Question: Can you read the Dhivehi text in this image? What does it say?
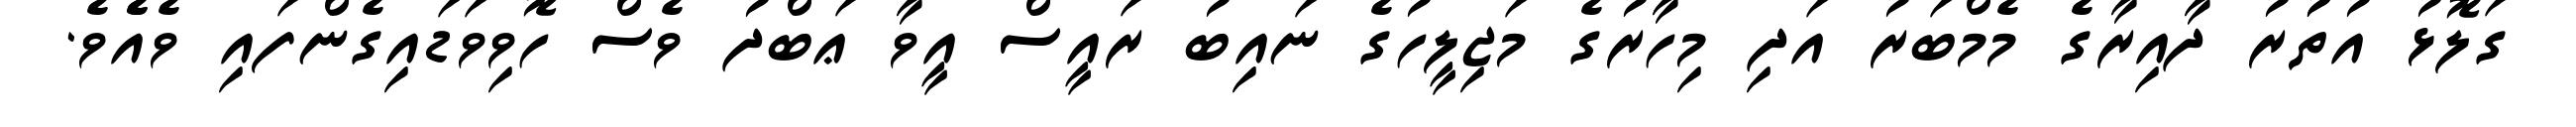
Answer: ގަލޮޅު އުތުުރު ދާއިރާގެ މެމްބަރު އަދި މިހާރުގެ މަޖިލީހުގެ ނައިބު ރައީސް އީވާ ޢަބްދު ވެސް ހޮވިވަޑައިގެންފައި ވެއެެވެ.